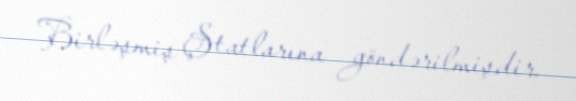
Birləşmiş Ştatlarına göndərilmişdir.